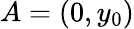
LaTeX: A=(0,y_{0})